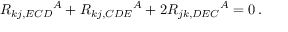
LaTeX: R _ { k j , E C D } { } ^ { A } + R _ { k j , C D E } { } ^ { A } + 2 R _ { j k , D E C } { } ^ { A } = 0 \, .